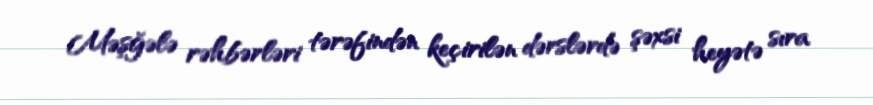
Məşğələ rəhbərləri tərəfindən keçirilən dərslərdə şəxsi heyətə sıra